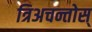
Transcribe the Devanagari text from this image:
त्रिअचन्तोस्